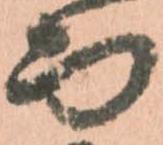
而